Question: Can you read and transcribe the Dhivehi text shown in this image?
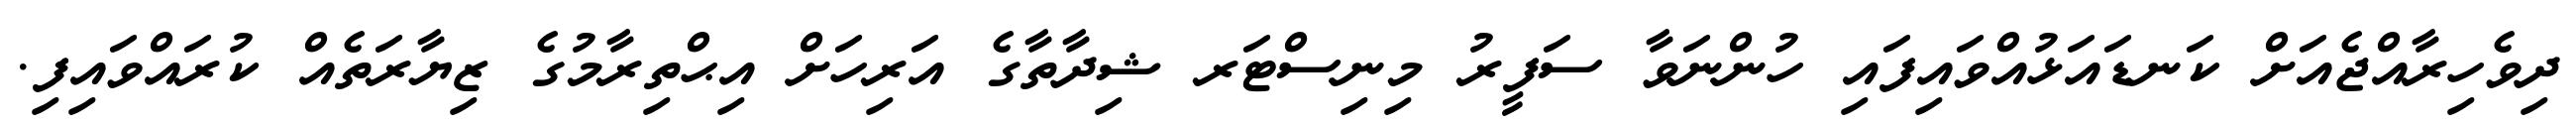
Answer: ދިވެހިރާއްޖެއަށް ކަނޑައަޅުއްވައިފައި ހުންނަވާ ސަފީރު މިނިސްޓަރ ޝިދާތާގެ އަރިހަށް އިޙްތިރާމުގެ ޒިޔާރަތެއް ކުރައްވައިފި.